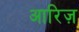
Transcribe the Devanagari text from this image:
आरिज़